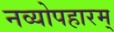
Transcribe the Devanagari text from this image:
नव्योपहारम्